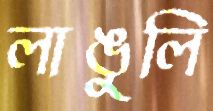
লাঙুলি